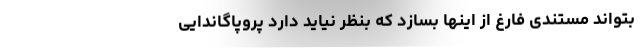
بتواند مستندی فارغ از اینها بسازد که بنظر نیاید دارد پروپاگاندایی